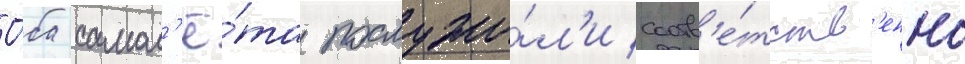
О́ба самол'ё́та послужи́л'и соотв'е́тств'енно